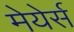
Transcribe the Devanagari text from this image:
मेयेर्स